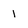
Character: i